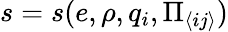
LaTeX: s=s(e,\rho,q_{i},\Pi_{\langle ij\rangle})